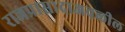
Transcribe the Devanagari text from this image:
राजप्रासादाजवळील